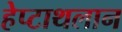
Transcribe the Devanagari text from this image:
हेप्टाथलान